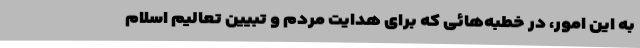
به این امور، در خطبه‌هائی که برای هدایت مردم و تبیین تعالیم اسلام